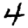
Digit: 4